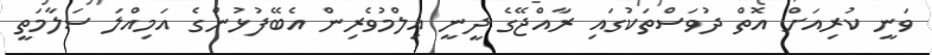
ވަނީ ކުރިއަށް އޮތް ދުވަސްތަކުގައި ރާއްޖޭގެ ދީނީ އިލްމުވެރިން އެބޭފުޅުންގެ އަމިއްލަ ސަލާމަތީ